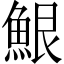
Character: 𮫷